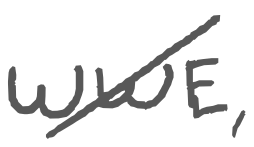
Text: WWE,
Cross-out: diagonal
Writing tool: digital_gray